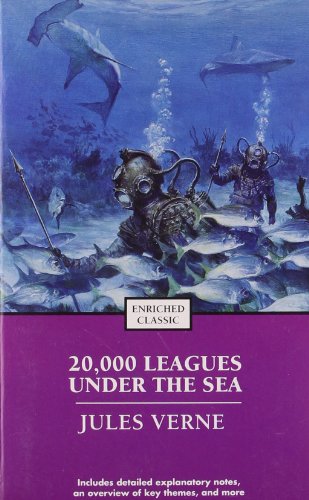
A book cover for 20,000 Leagues Under the Sea (Enriched Classics); Jules Verne; Science Fiction & Fantasy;